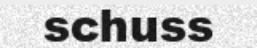
schuss